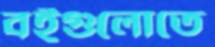
বইগুলোতে